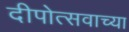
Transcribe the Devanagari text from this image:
दीपोत्सवाच्या